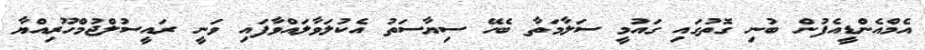
އެމްއެންޑީއެފުން ބުނި ގޮތުގައި ގައުމީ ސަލާމަތާ ބެހޭ ސިޔާސަތު އެކުލަވާލައްވާފައި ވަނީ ރައީސުލްޖުމްހޫރިއްޔާ